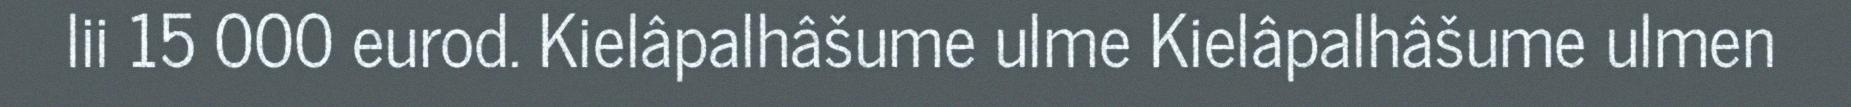
lii 15 000 eurod. Kielâpalhâšume ulme Kielâpalhâšume ulmen